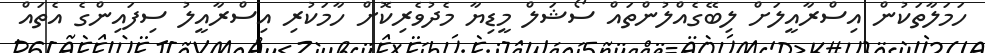
ހަމަލާތަކުން އިސްރާއީލަށް ލިބޭގެއްލުންތައް ސޯޝަލް މީޑިޔާ މެދުވެރިކޮށް ހާމަކުރި އިސްރާއީލު ސިފައިންގެ އެތައް